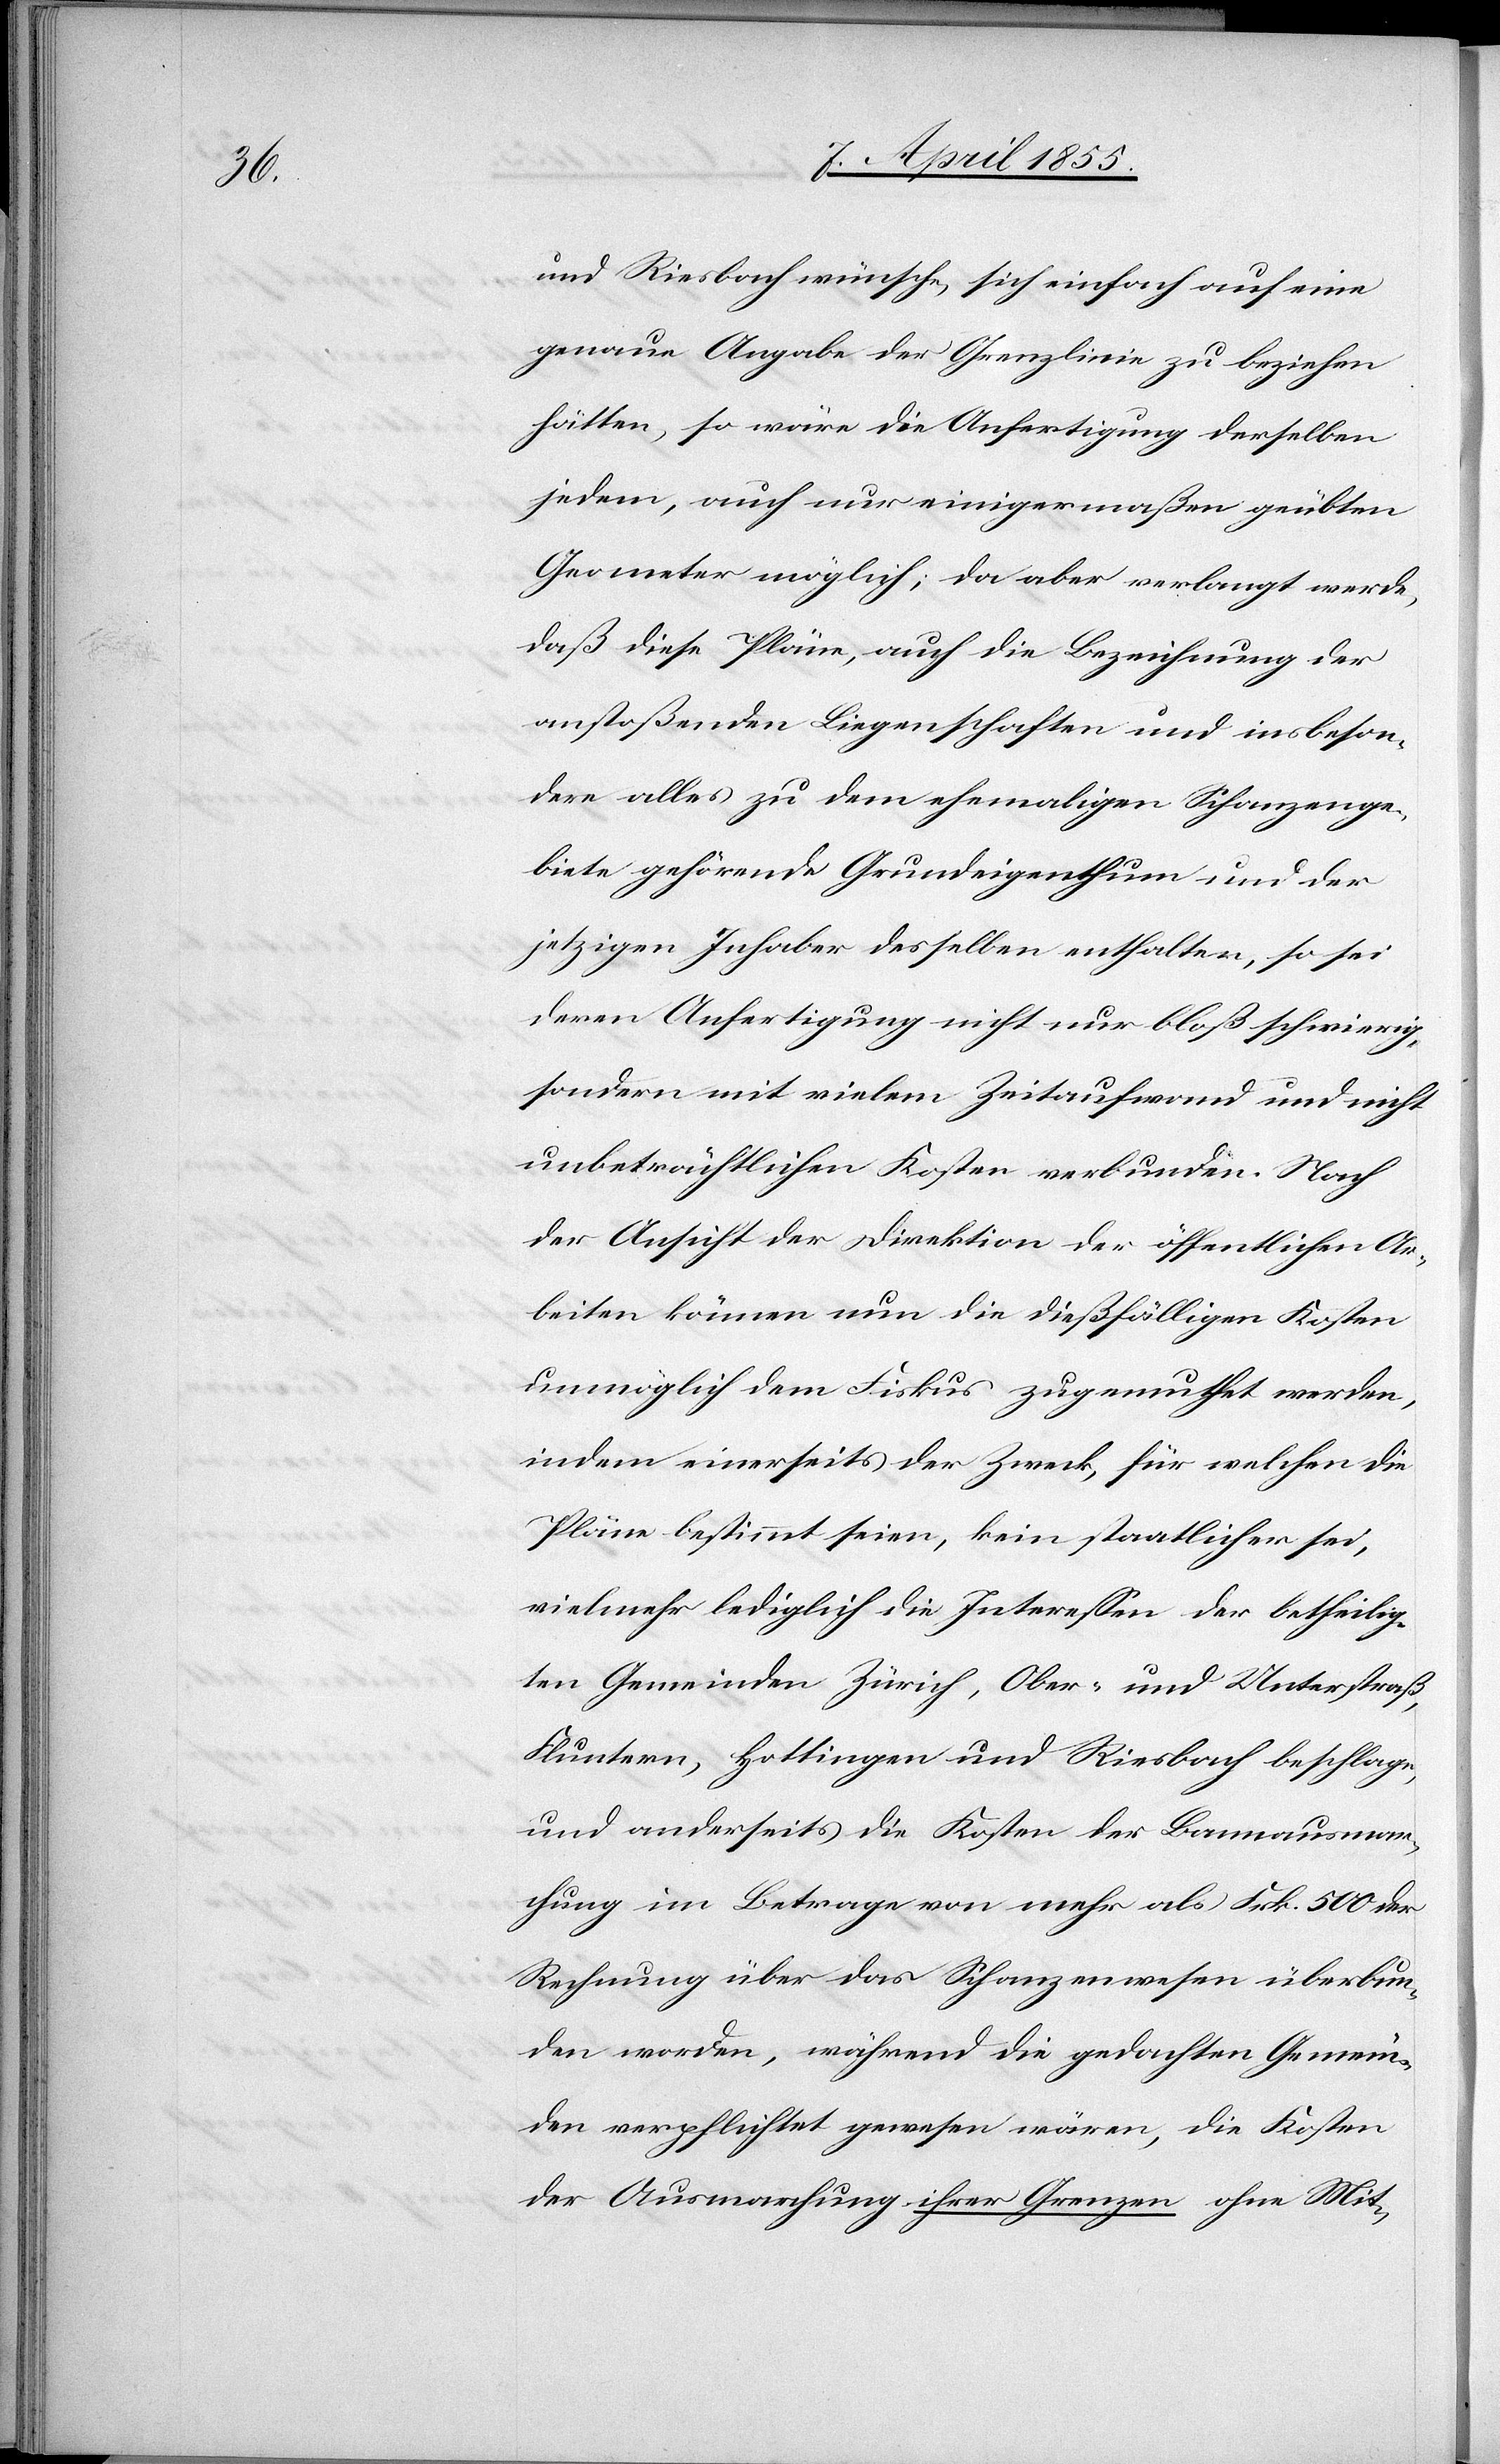
und Riesbach wünsche, sich einfach auf eine
genaue Angabe der Grenzlinie zu beziehen
hätten, so wäre die Anfertigung derselben
jedem, auch nur einigermaßen geübten
Geometer möglich; da aber verlangt werde,
daß diese Pläne, auch die Bezeichnung der
anstoßenden Liegenschaften und insbeson¬
dere alles zu dem ehemaligen Schanzenge¬
biete gehörende Grundeigenthum und der
jetzigen Inhaber desselben enthalten, so sei
deren Anfertigung nicht nur bloß schwierig,
sondern mit vielem Zeitaufwand und nicht
unbeträchtlichen Kosten verbunden. Nach
der Ansicht der Direktion der öffentlichen Ar¬
beiten können nun die dießfälligen Kosten
unmöglich dem Fiskus zugemuthet werden,
indem einerseits der Zweck, für welchen die
Pläne bestimmt seien, kein staatlicher sei,
vielmehr lediglich die Interessen der betheilig¬
ten Gemeinden Zürich, Ober- und Unterstraß,
Fluntern, Hottingen und Riesbach beschlage,
und anderseits die Kosten der Bannausmar¬
chung im Betrage von mehr als Frk. 500 der
Rechnung über das Schanzenwesen überbun¬
den worden, während die gedachten Gemein¬
den verpflichtet gewesen wären, die Kosten
der Ausmarchung ihrer Grenzen ohne Mit-